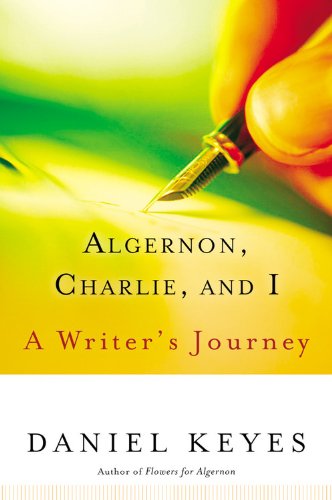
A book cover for Algernon, Charlie, and I: A Writer's Journey; Daniel Keyes; Teen & Young Adult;